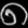
Digit: ၈